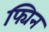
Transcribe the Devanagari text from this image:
फ्यिन